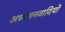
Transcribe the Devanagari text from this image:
अध्ययनवादियों